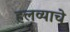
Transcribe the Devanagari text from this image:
हलव्याचे